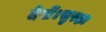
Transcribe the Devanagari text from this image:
देखें।सुरक्षा